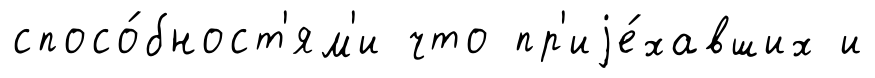
спосо́бност'ям'и что пр'иjе́хавших и